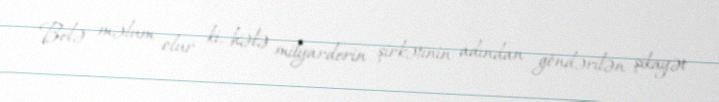
Belə məlum olur ki, hələ milyarderin şirkətinin adından göndərilən şikayət